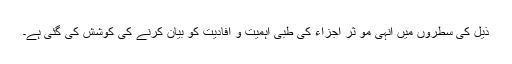
ذیل کی سطروں میں انہی مو ثر اجزاء کی طبی اہمیت و افادیت کو بیان کرنے کی کوشش کی گئی ہے۔